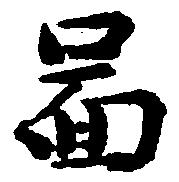
図